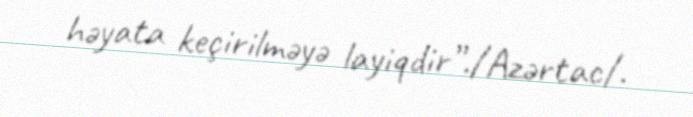
həyata keçirilməyə layiqdir”./Azərtac/.